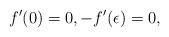
LaTeX: \begin{align*} f'(0) = 0, -f'(\epsilon) = 0, \end{align*}